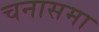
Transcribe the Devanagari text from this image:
चनासमा